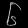
Digit: ၆